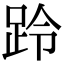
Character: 跉